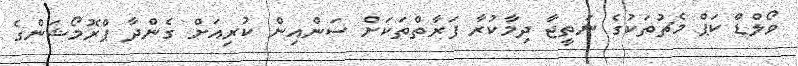
ވޯލްޑް ކަޕް މެޗުތަކުގެ ނަތީޖާ ދިމާކުރާ ފަރާތްތަކަށް ސަންއިން ކުރިއަށް ގެންދާ ޕްރޮމޯޝަންގެ